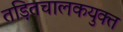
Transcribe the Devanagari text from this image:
तड़ितचालकयुक्त